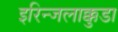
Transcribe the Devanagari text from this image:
इरिन्जलाक्कुडा